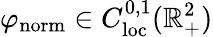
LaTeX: \varphi_{\mathrm{{norm}}}\in C_{\mathrm{loc}}^{0,1}(\mathbb{R}_{+}^{2})